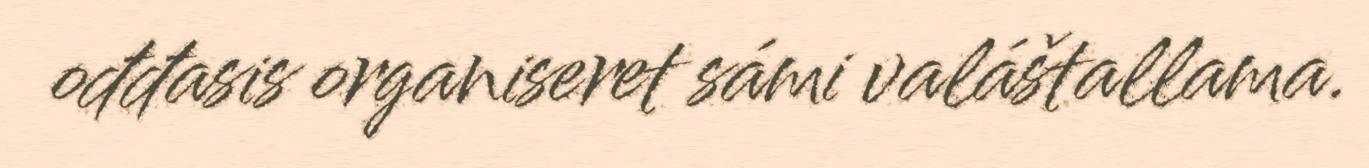
ođđasis organiseret sámi valáštallama.